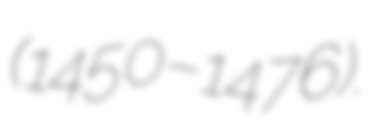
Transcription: (1450–1476).